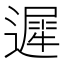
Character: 遲